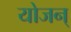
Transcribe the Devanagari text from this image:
योजन्